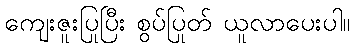
ကျေးဇူးပြုပြီး စွပ်ပြုတ် ယူလာပေးပါ။